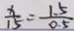
\frac { x } { 1 5 } = \frac { 1 . 5 } { 0 . 5 }